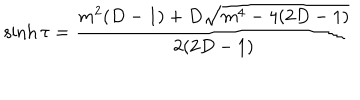
\sinh \tau = \frac { m ^ { 2 } ( D - 1 ) + D \sqrt { m ^ { 4 } - 4 ( 2 D - 1 ) } } { 2 ( 2 D - 1 ) }